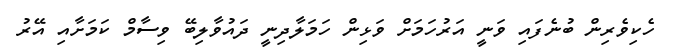
ހެކިވެރިން ބުނެފައި ވަނީ އަރުހަމަށް ވަޅިން ހަމަލާދިނީ ދައުވާލިބޭ ވިސާމް ކަމަށާއި އޭރު